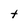
Character: t